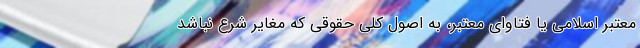
معتبر اسلامی یا فتاوای معتبر، به اصول کلی حقوقی که مغایر شرع نباشد